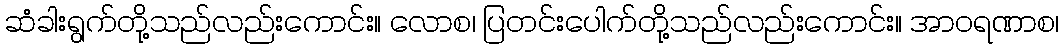
ဆံခါးရွက်တို့သည်လည်းကောင်း။ လောစ၊ ပြတင်းပေါက်တို့သည်လည်းကောင်း။ အာဝရဏာစ၊